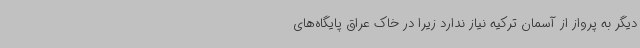
دیگر به پرواز از آسمان ترکیه نیاز ندارد زیرا در خاک عراق پایگاه‌های